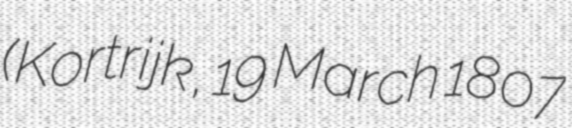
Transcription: (Kortrijk, 19 March 1807